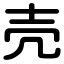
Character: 売